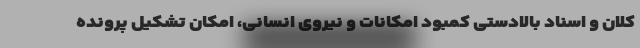
کلان و اسناد بالادستی کمبود امکانات و نیروی انسانی، امکان تشکیل پرونده